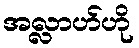
အလ္လာဟ်ဟို